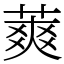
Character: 䔪